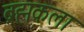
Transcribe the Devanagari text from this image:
ब्रह्मकला